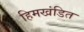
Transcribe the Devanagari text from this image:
हिमखंडित